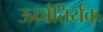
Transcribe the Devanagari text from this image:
ऊर्ध्वतिर्यक्‌